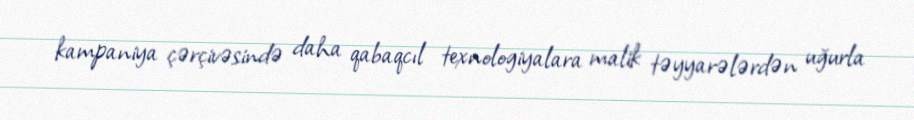
kampaniya çərçivəsində daha qabaqcıl texnologiyalara malik təyyarələrdən uğurla